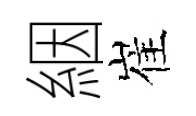
絪崔